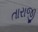
તારાજી